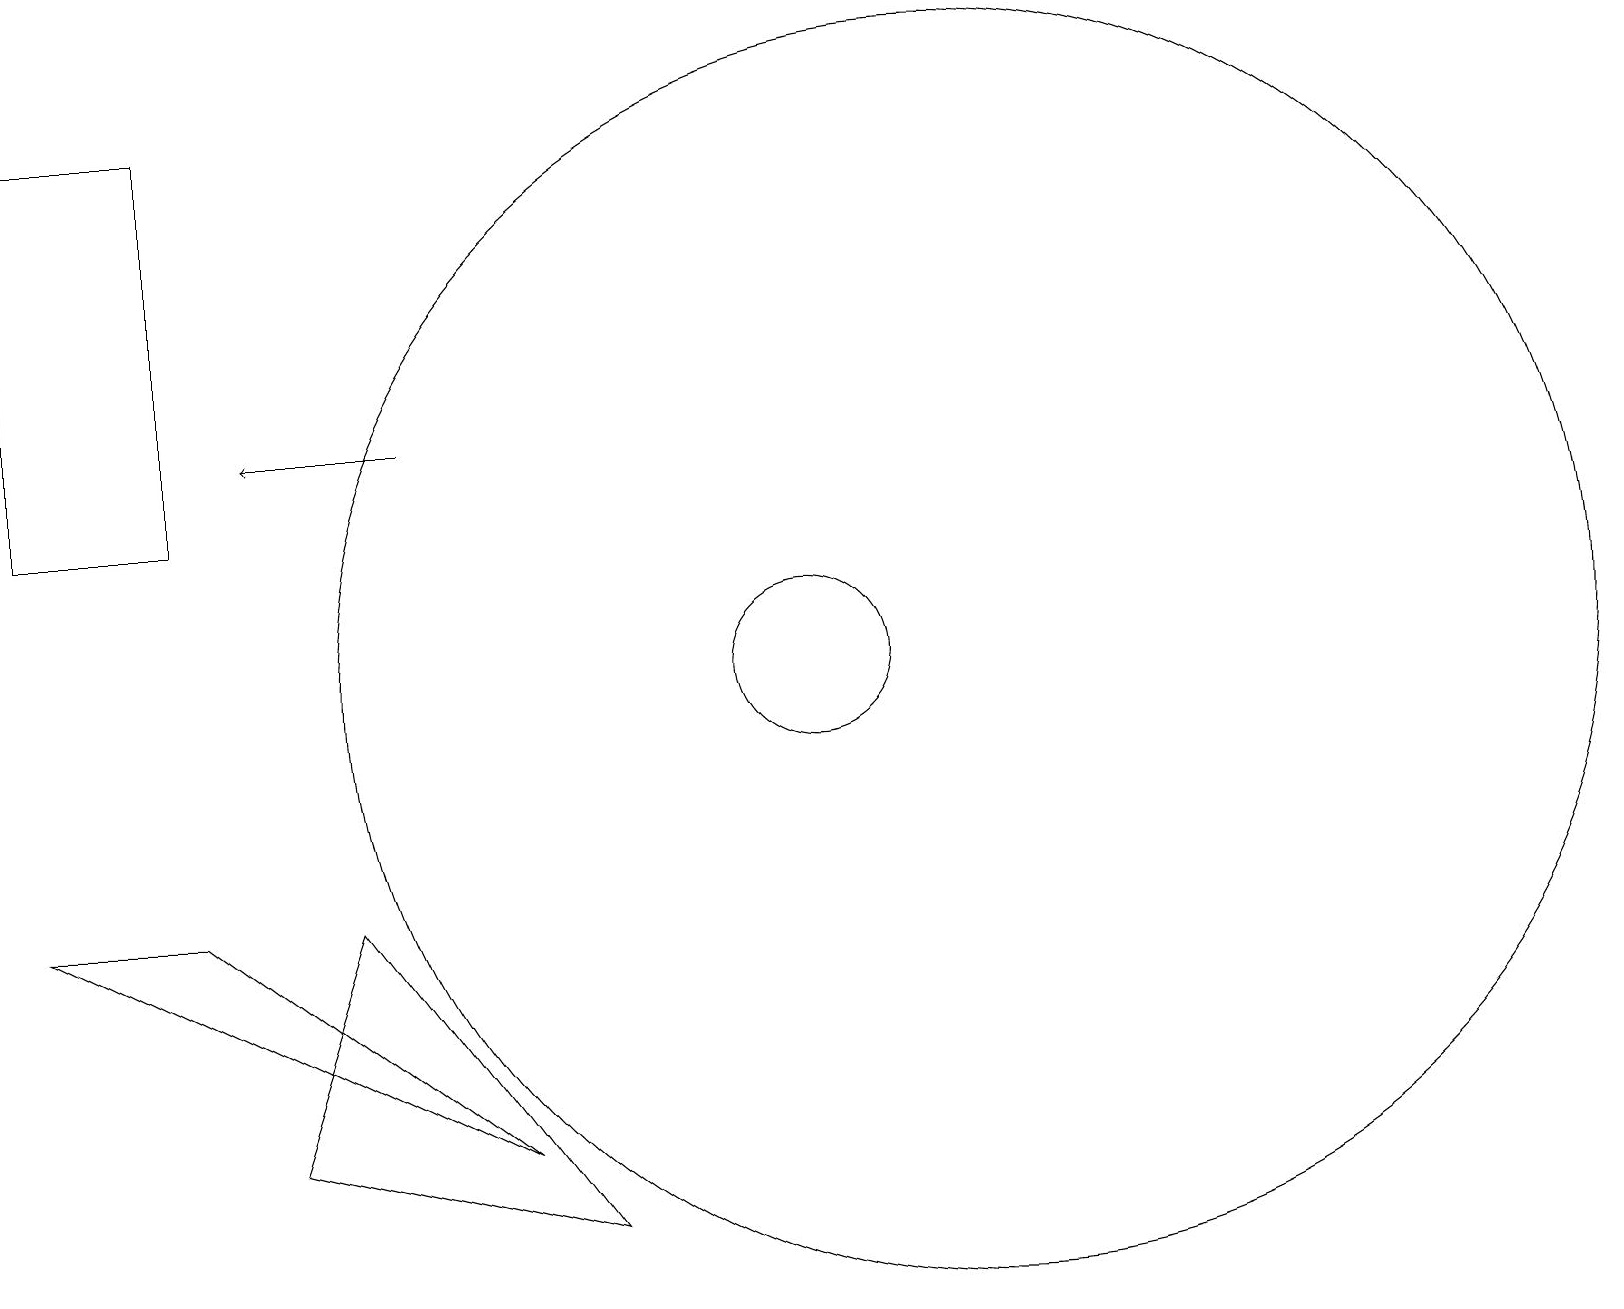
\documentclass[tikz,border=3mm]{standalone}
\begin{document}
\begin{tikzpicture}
\draw (0,18) rectangle (2,13);
\draw[->] (5,14) -- (3,14);
\draw (0,8) -- (2,8) -- (6,5) -- cycle;
\draw (12,11) circle (8);
\draw (4,8) -- (7,4) -- (3,5) -- cycle;
\draw (10,11) circle (1);
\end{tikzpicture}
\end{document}